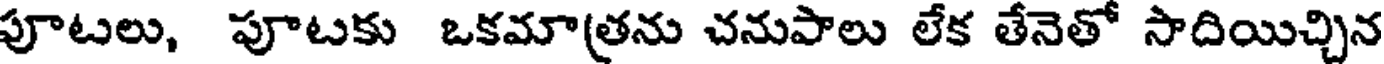
పూటలు, పూటకు ఒకమా(తను చనుపాలు లేక తేనెతో సాదియిచ్చిన